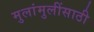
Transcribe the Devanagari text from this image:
मुलांमुलींसाठी